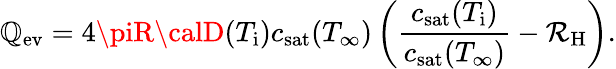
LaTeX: \mathbb{Q}_{\mathrm{{ev}}}=4\piR{\calD}(T_{\mathrm{{i}}})c_{\mathrm{{sat}}}(T_{\infty})\left(\frac{{c_{\mathrm{{sat}}}(T_{\mathrm{{i}}})}}{{c_{\mathrm{{sat}}}(T_{\infty})}}-\mathcal{{R}}_{\mathrm{{H}}}\right).